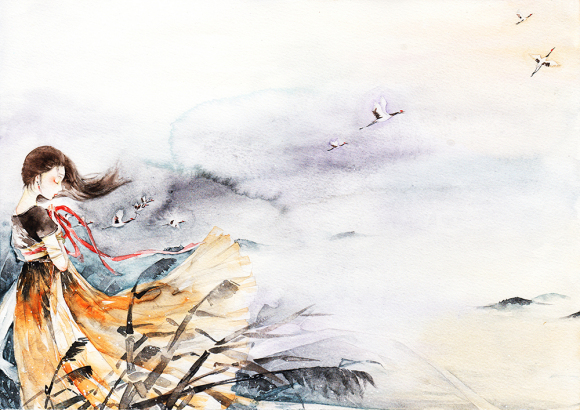
举头忽见衡阳雁。千声万字情何限。